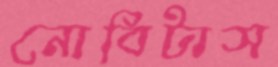
নোবিটাস